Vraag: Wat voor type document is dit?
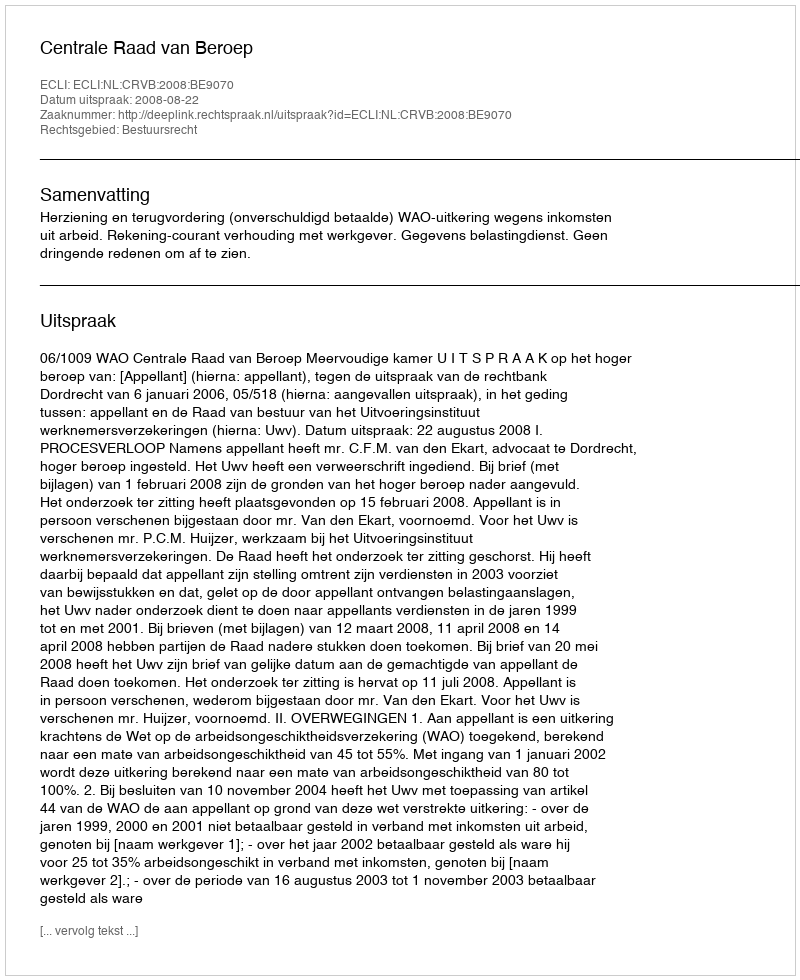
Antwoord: Uitspraak